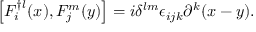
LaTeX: \left[ F _ { i } ^ { \dagger l } ( x ) , F _ { j } ^ { m } ( y ) \right] = i \delta ^ { l m } \epsilon _ { i j k } \partial ^ { k } ( x - y ) .